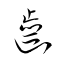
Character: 齒